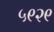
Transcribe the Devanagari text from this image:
५९२९